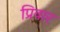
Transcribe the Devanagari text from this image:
प्रिवार